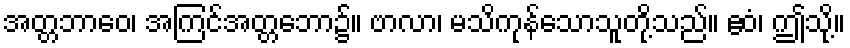
အတ္တဘာဝေ၊ အကြင်အတ္တဘော၌။ ဗာလာ၊ မသိကုန်သောသူတို့သည်။ ဧဝံ၊ ဤသို့။